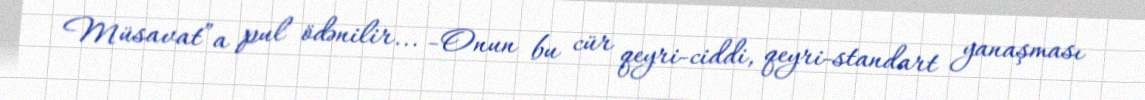
Müsavat”a pul ödənilir... -Onun bu cür qeyri-ciddi, qeyri-standart yanaşması